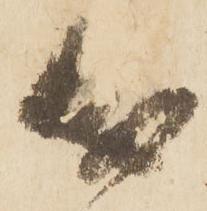
成